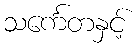
သင်္ကေတနှင့်